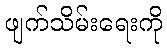
ဖျက်သိမ်းရေးကို